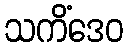
သကိံဒေဝ